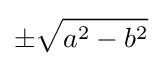
\pm {\sqrt {a^{2}-b^{2}}}